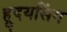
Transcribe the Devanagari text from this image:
ह्रुदयसिंग